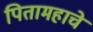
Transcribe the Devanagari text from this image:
पितामहाचे